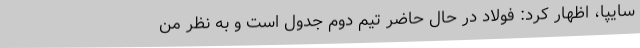
سایپا، اظهار کرد: فولاد در حال حاضر تیم دوم جدول است و به نظر من